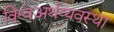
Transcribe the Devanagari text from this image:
विश्वअर्थव्यवस्था